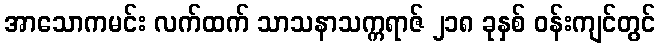
အာသောကမင်း လက်ထက် သာသနာသက္ကရာဇ် ၂၁၈ ခုနှစ် ဝန်းကျင်တွင်